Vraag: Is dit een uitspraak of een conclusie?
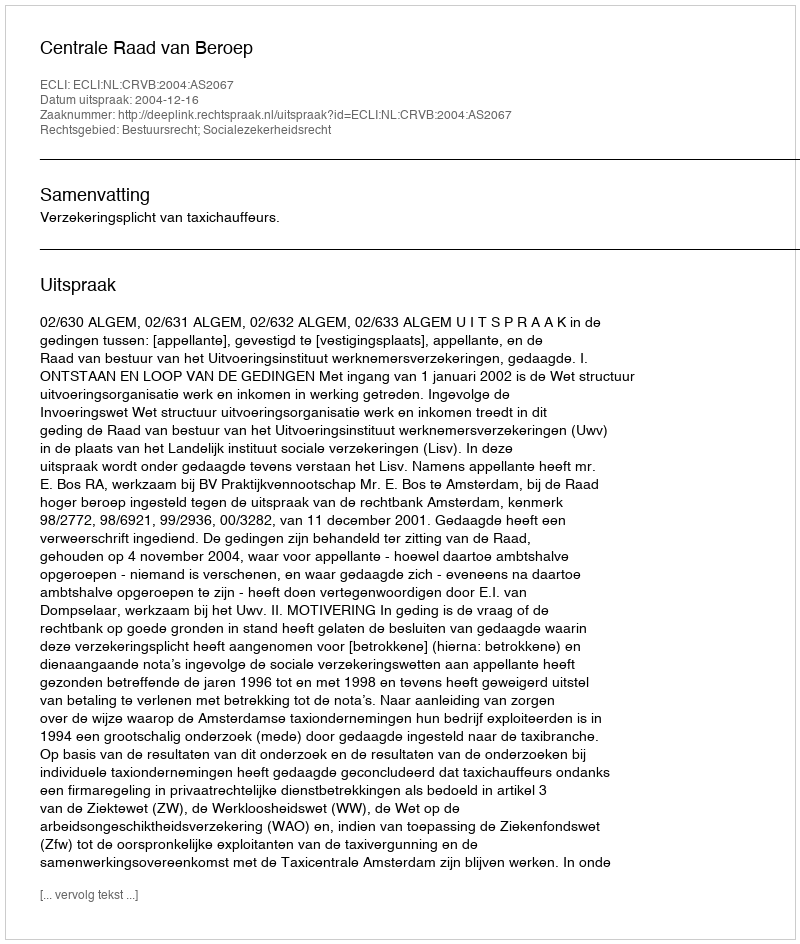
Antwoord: Uitspraak